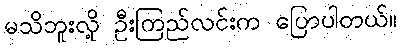
မသိဘူးလို့ ဦးကြည်လင်းက ပြောပါတယ်။